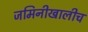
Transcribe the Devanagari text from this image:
जमिनीखालीच